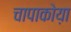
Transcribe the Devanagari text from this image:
चापाकोय़ा